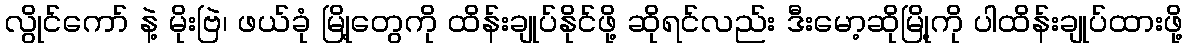
လွိုင်ကော် နဲ့ မိုးဗြဲ၊ ဖယ်ခုံ မြို့တွေကို ထိန်းချုပ်နိုင်ဖို့ ဆိုရင်လည်း ဒီးမော့ဆိုမြို့ကို ပါထိန်းချုပ်ထားဖို့